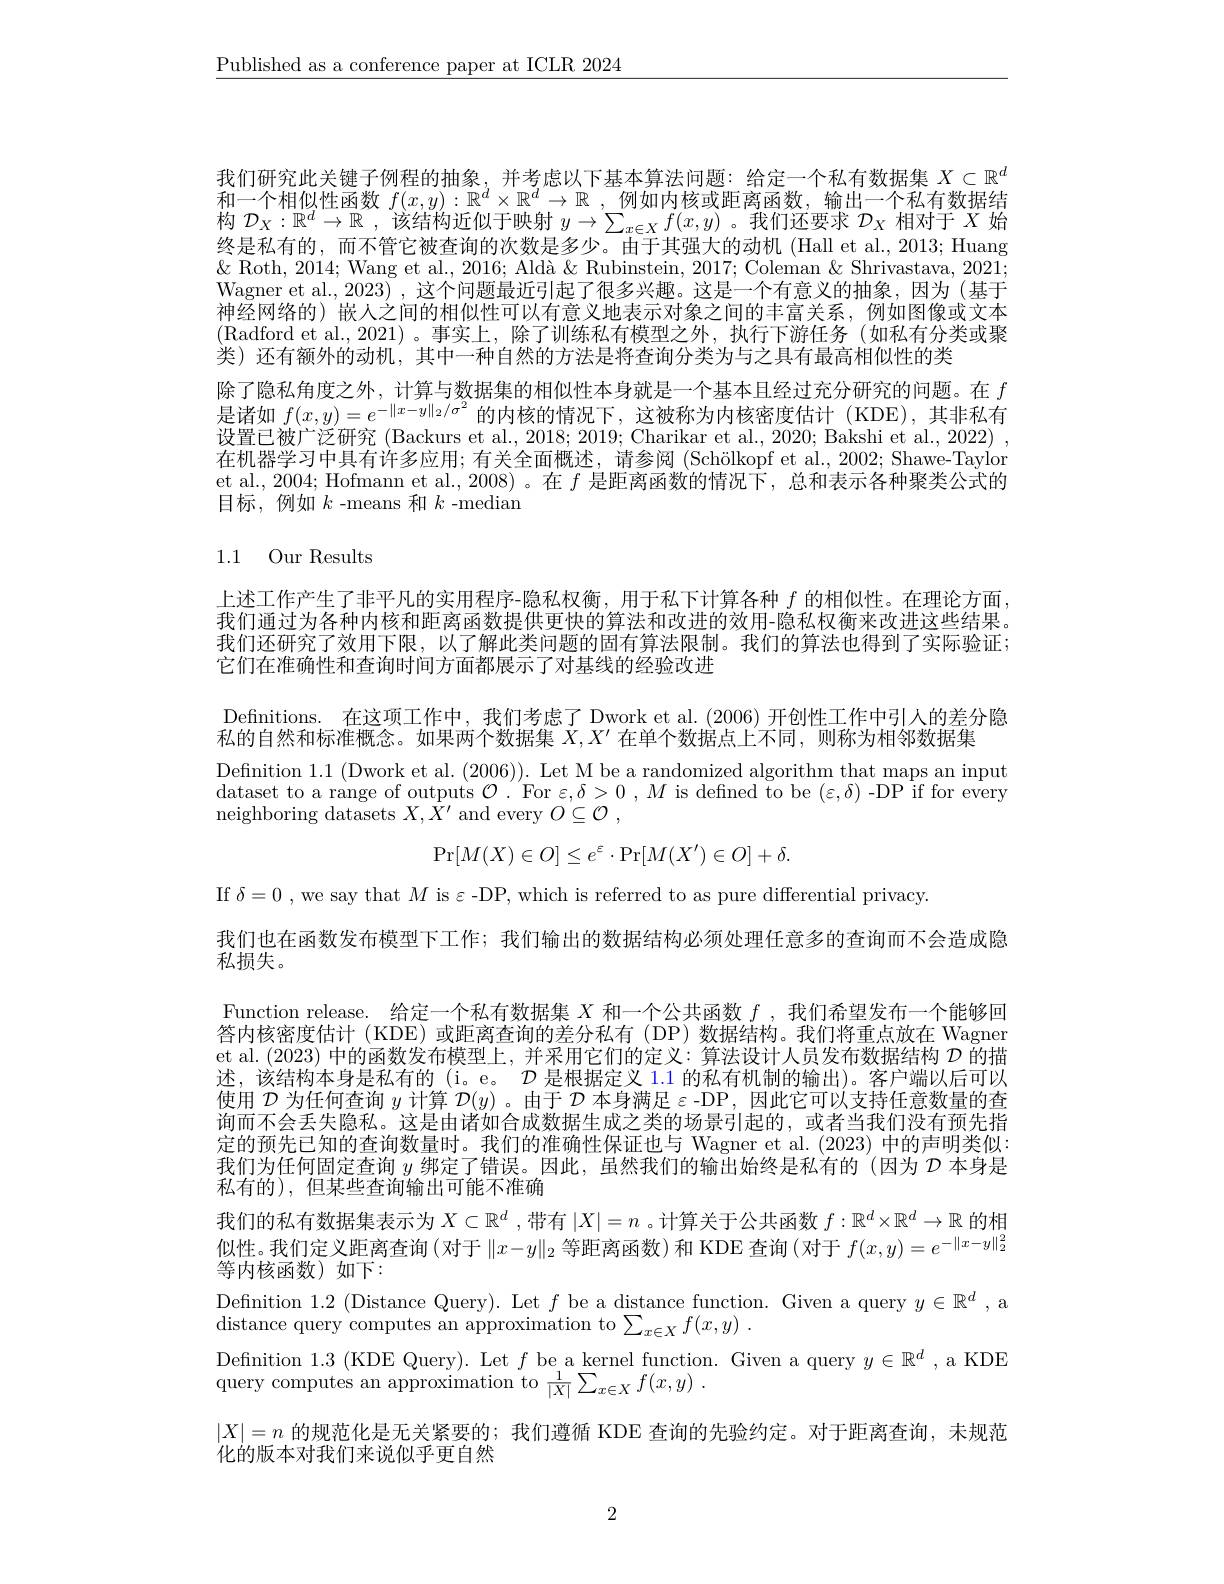
$\underline{\text{Published as a conference paper at ICLR 2024}}$

我们研究此关键子例程的抽象，并考虑以下基本算法问题：给定一个私有数据集$X\subset\mathbb{R}^d$ 和一个相似性函数$f(x,y):\mathbb{R}^d\times\mathbb{R}^d\to\mathbb{R}$ ,例如内核或距离函数，输出一个私有数据结构$\mathcal{D}_X:\mathbb{R}^d\to\mathbb{R}$ ,该结构近似于映射$y\to\sum_x\in Xf(x,y)$ 。我们还要求$\mathcal{D}_X$相对于$X$始终是私有的，而不管它被查询的次数是多少。由于其强大的动机 (Hall et al., 2013; Huang $\&$ Roth, 2014; Wang et al., 2016; Aldà & Rubinstein, 2017; Coleman & Shrivastava, 2021; Wagner et al., 2023) ,这个问题最近引起了很多兴趣。这是一个有意义的抽象，因为(基于神经网络的) 嵌人之间的相似性可以有意义地表示对象之间的丰富关系，例如图像或文本(Radford et al.,2021)。事实上，除了训练私有模型之外，执行下游任务(如私有分类或聚类)还有额外的动机，其中一种自然的方法是将查询分类为与之具有最高相似性的类
除了隐私角度之外，计算与数据集的相似性本身就是一个基本且经过充分研究的问题。在$f$ 是诸如$f(x,y)=e^{-\|x-y\|_2/\sigma^2}$的内核的情况下，这被称为内核密度估计(KDE),其非私有设置已被广泛研究 (Backurs et al., 2018; 2019; Charikar et al., 2020; Bakshi et al., 2022) , 在机器学习中具有许多应用；有关全面概述，请参阅 (Schölkopf et al., 2002; Shawe-Taylor et al., 2004; Hofmann et al., 2008) 。在$f$是距离函数的情况下，总和表示各种聚类公式的目标，例如$k$ -means 和$k$ -median

# 1.1 Our Results

上述工作产生了非平凡的实用程序-隐私权衡，用于私下计算各种$f$的相似性。在理论方面， 我们通过为各种内核和距离函数提供更快的算法和改进的效用-隐私权衡来改进这些结果。我们还研究了效用下限，以了解此类问题的固有算法限制。我们的算法也得到了实际验证； 它们在准确性和查询时间方面都展示了对基线的经验改进

Definitions. 在这项工作中，我们考虑了 Dwork et al. (2006) 开创性工作中引人的差分隐
私的自然和标准概念。如果两个数据集$X,X^\prime$在单个数据点上不同，则称为相邻数据集
Definition 1.1 (Dwork et al. (2006)). Let M be a randomized algorithm that maps an input dataset to a range of outputs $\mathcal{O}.$ For $\varepsilon,\delta>0,M$ is defined to be $(\varepsilon,\delta)$ -DP if for every neighboring datasets $X,X^\prime$ and every $O\subseteq \mathcal{O}$ ,
$$\begin{aligned}\Pr[M(X)\in O]\leq e^{\varepsilon}\cdot\Pr[M(X')\in O]+\delta.\end{aligned}$$
If $\delta=0$ , we say that $M$ is $\varepsilon$ -DP, which is referred to as pure differential privacy.

我们也在函数发布模型下工作；我们输出的数据结构必须处理任意多的查询而不会造成隐

私损失。

Function release. 给定一个私有数据集$X$和一个公共函数$f$ ,我们希望发布一个能够回答内核密度估计 (KDE)或距离查询的差分私有(DP)数据结构。我们将重点放在 Wagner et al. (2023) 中的函数发布模型上，并采用它们的定义：算法设计人员发布数据结构$\mathcal{D}$的描述，该结构本身是私有的 (i。e。$\mathcal{D}$是根据定义 1.1 的私有机制的输出)。客户端以后可以使用$\mathcal{D}$为任何查询$y$计算$\mathcal{D}(y)$ 。由于$\mathcal{D}$本身满足$\varepsilon$ -DP, 因此它可以支持任意数量的查询而不会丢失隐私。这是由诸如合成数据生成之类的场景引起的，或者当我们没有预先指定的预先已知的查询数量时。我们的准确性保证也与 Wagner et al.(2023) 中的声明类似： 我们为任何固定查询$y$绑定了错误。因此，虽然我们的输出始终是私有的(因为$\mathcal{D}$本身是私有的),但某些查询输出可能不准确
我们的私有数据集表示为$X\subset\mathbb{R}^d$ ,带有$|X|=n$ 。计算关于公共函数$f:\mathbb{R}^d\times\mathbb{R}^d\to\mathbb{R}$的相似性。我们定义距离查询(对于$\|x-y\|_2$等距离函数)和 KDE 查询(对于$f(x,y)=e^{-\|x-y\|_2^2}$ 等内核函数)如下：
Definition 1.2 (Distance Query). Let $f$ be a distance function. Given a query $y\in\mathbb{R}^d$, a
distance query computes an approximation to $\sum _x\in Xf( x, y)$ .
Definition 1.3 (KDE Query). Let $f$ be a kernel function. Given a query $y\in\mathbb{R}^d$ ,a KDE
query computes an approximation to $\frac 1{| X| }\sum _{x\in X}f( x, y)$ .
$|X|=n$的规范化是无关紧要的；我们遵循 KDE 查询的先验约定。对于距离查询，未规范
化的版本对我们来说似乎更自然

2